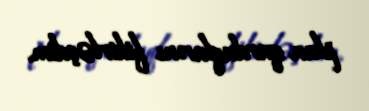
plan qurduqlarını fikirləşdim.